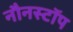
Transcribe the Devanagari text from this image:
नौनस्टॉप